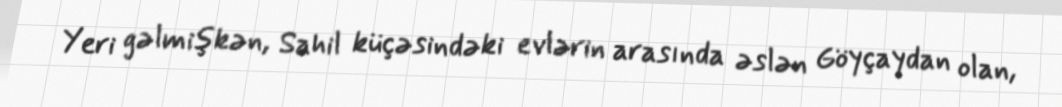
Yeri gəlmişkən, Sahil küçəsindəki evlərin arasında əslən Göyçaydan olan,